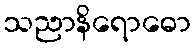
သညာနိရောဓော